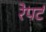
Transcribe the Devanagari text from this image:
रेपर्ट